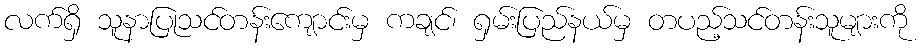
လက်ရှိ သူနာပြုသင်တန်းကျောင်းမှ ကချင်၊ ရှမ်းပြည်နယ်မှ တပည့်သင်တန်းသူများကို